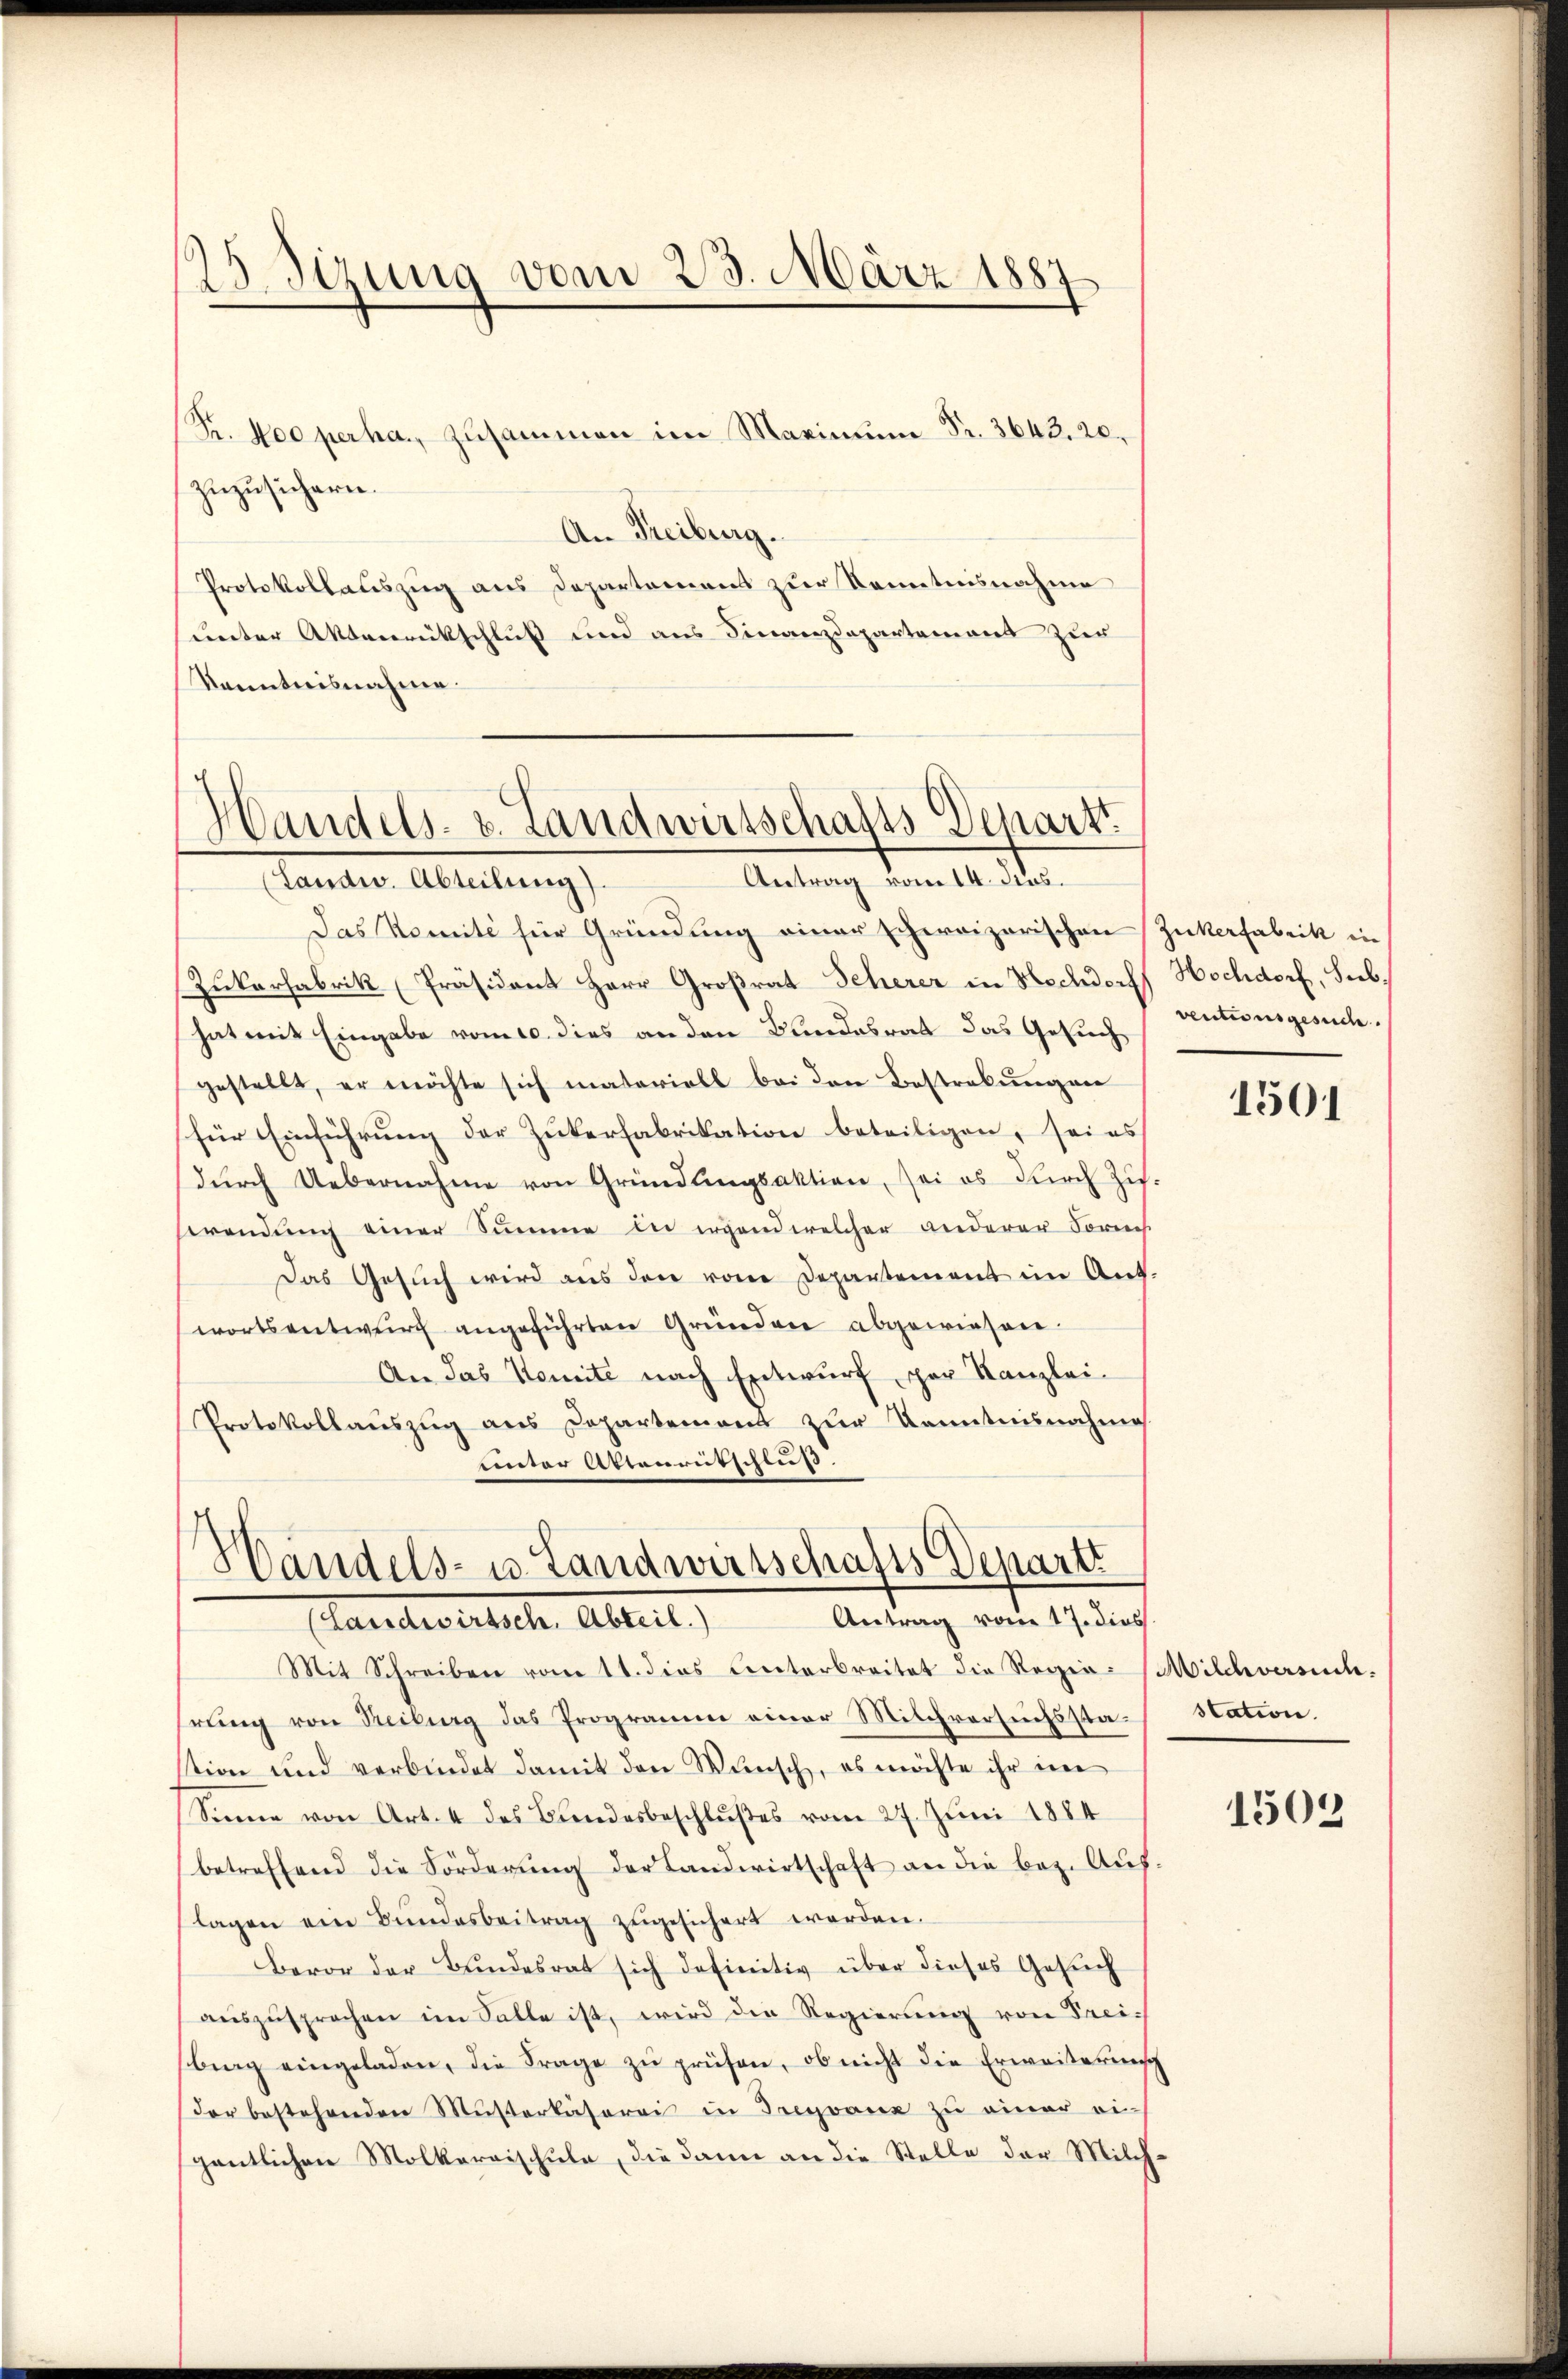
.Sizung vom 23. März 1887

Pr. 400 perha., zusammen im Maximŭ Fr. 3643. 20.
zuzusichern.
An Freiburg.
Protokollauszug aus Departement zur Kenntnisnahme
unter Aktenrückschluß und aus Finanzdepartement zur
Kenntnisnahme.

Handels- u. Landwirtschafts Denarzt
Antrag vom 14. Jos.
(Landw. Abteilung).

Das Komité für Gründung einer schweizerischen Zukerfabrik in
Zukarfabrik (Präsident Herr Großrat Scherer in Hochdorf Hochdorf, Subhat mit Eingabe vom 10. dies an den Bundesrat das Gesuch
gestellt, er möchte sich materiell bei den Bestrebungen
(für Einführung der Zukerfabrikation beteiligen, sei es
dŭrch Uebernahme von Gründlingsaktion, sei es durch Zif.
swendung einer Summe in irgend welcher anderer Forrech
Das Gesuch wird aus den von Departement im Ant.
wortsentwŭrf angeführten Gründen abgewiesen.
An das Komite nach Entwurf, par Kanzlei-
Protokollauszug aus Departement zur Kenntnisnahme
unter Attenrutschluß.

Handels- u. Landwirtschafts Departi
Antrag vom 17. dies
aneder erstehe. Allent,

ventionsgesuche.

Mit Schreiben vom 11. dies unterbreitet die Regie-Milchversuch.
hrung von Reiburg das Programm einer Milchversuchsstastion und verbindet damit den Wunsch, es möchte ihr im
Sinne von Art. 4 des Bundesbeschlußes vom 27. Juni 1884
betreffend die Förderung der Landwirtschaft an die bez. Auflagen ein Bundesbeitrag zugesichert werden.
Bevor der Bundesrat sich definitiv über dieses Gesuch
auszusprochen im Falle ist, wird die Regierung von Freibing eingeladen, die Frage zŭ prüfen, ob nicht die Erweiterŭng
der bestehenden Mŭsterkäserei in Freyvanz zŭ einer ei-
gentlichen Molkerrischule, die dann an die Stelle der Milch¬

1501

station.

1509